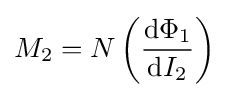
M_{2}=N\left({\mathrm {d} \Phi _{1} \over \mathrm {d} I_{2}}\right)\,\!